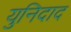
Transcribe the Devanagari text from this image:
युनिदाद